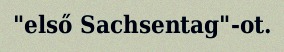
"első Sachsentag"-ot.